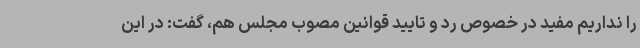
را نداریم مفید در خصوص رد و تایید قوانین مصوب مجلس هم، گفت: در این